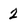
Character: 2